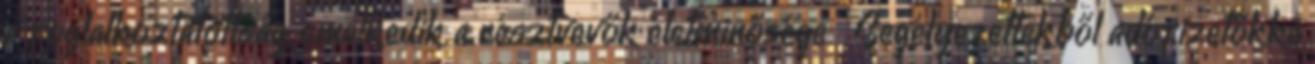
a foglalkoztatottság, emelkedik a résztvevők életminősége  Segélyezettekből adófizetőkké